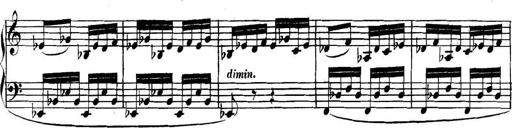
Title: Collected Piano Sonatas
Composer: Muzio Clementi